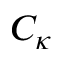
C _ { \kappa }